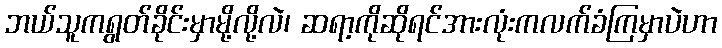
ဘယ်သူကရွတ်ခိုင်းမှာမို့လို့လဲ၊ ဆရာ့ကိုဆိုရင်အားလုံးကလက်ခံကြမှာပဲဟာ